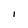
Character: I